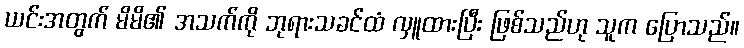
ယင်းအတွက် မိမိ၏ အသက်ကို ဘုရားသခင်ထံ လှူထားပြီး ဖြစ်သည်ဟု သူက ပြောသည်။